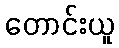
တောင်းယူ